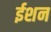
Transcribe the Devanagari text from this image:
ईशन